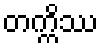
တက္ကိဿ